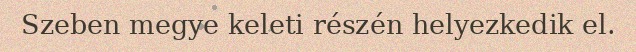
Szeben megye keleti részén helyezkedik el.